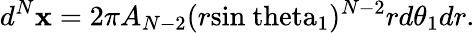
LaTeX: d^{N}\mathbf{x}=2\pi A_{N-2}(r\mathrm{sin\ theta_{1}})^{N-2}rd\theta_{1}dr.